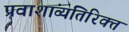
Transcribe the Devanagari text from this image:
प्रवाशांव्यतिरिक्त